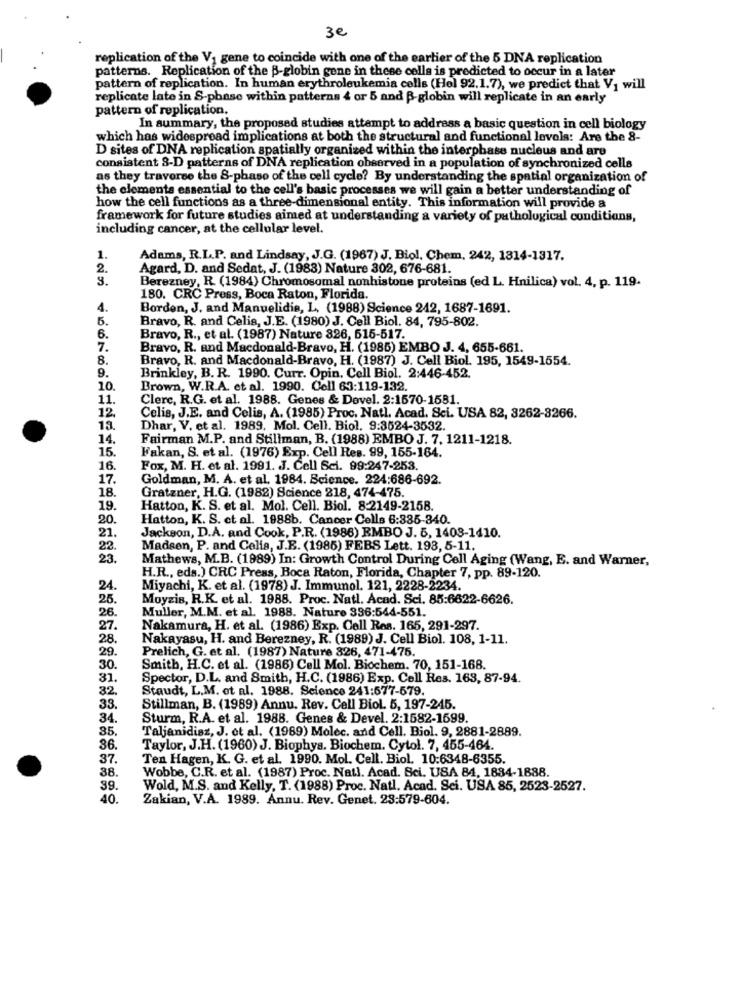
3€
replication of the V1 gene to coincide with one of the earlier of the 5 DNA replication
patterns. Replication of the B-globin gene in these celle is predicted to occur in a later
pattern of replication. In human erythroleukemia cells (Hel 92.1.7), we predict that V1 will
replicate late in S-phase within patterns 4 or 5 and B-globin will replicate in an early
pattern of replication.
In summary, the proposed studies attempt to address a basic question in cell biology
which has widespread implications at both the structural and functional levels: Are the 8-
D sites of DNA replication spatially organized within the interphase nucleus and are
consistent 3-D patterns of DNA replication observed in a population of synchronized cells
as they traverse the 8-phase of the cell cycle? By understanding the spatial organization of
the elements essential to the cell's basic processes we will gain a better understanding of
how the cell functions as a three-dimensional entity. This information will provide a
framework for future studies aimed at understanding a variety of pathological conditions,
including cancer, at the cellular level.
1.
Adams, R.L.P. and Lindsay, J.G. (1967) J. Biol, Chem, 242, 1814-1317.
2.
Agard, D. and Sedat, J. (1983) Nature 302, 676-681.
3.
Berezney, R. (1984) Chromosomal nonhistone proteins (ed L. Hnilica) vol. 4, p. 119.
180. CRC Press, Boca Raton, Florida
4.
Borden, J. and Manuelidis, L, (1988) Science 242, 1687-1691.
5.
Bravo, R. and Celis, J.E. (1980) J. Cell Biol. 84, 795-802.
6.
Bravo, R ., et al. (1987) Nature 826, 615-517.
7.
Bravo, R. and Macdonald-Bravo, H. (1985) EMBO J. 4, 655-661.
8.
Bravo, R. and Macdonald-Bravo, H. (1987) J. Cell Biol. 195, 1549-1554.
9.
Brinkley, B. R. 1990. Curr. Opin. Cell Biol. 2:446-452.
10
Brown, W.R.A. et al. 1990. Cell 63:119-132
11.
Clerc, R.G. et al. 1988. Genes & Devel. 2:1570-1581.
12
Celis, J.E. and Celis, A. (1985) Proc. Natl. Acad. Sci. USA 82, 3262-3266.
11
Dhar, V. et al. 1989. Mol. Cell. Biol, 9:3524-3532.
14.
Fairman M.P. and Stillman, B. (1988) EMBO J. 7. 1211-1218.
15.
Fakan, S. et al. (1976) Exp. Cell Res. 99, 155-164.
16
Fox, M. H. et al. 1991. J. Cell Sci. 99:247-253.
17.
Goldman, M. A. et al. 1984. Science. 224:686-692.
18.
Gratzner, H.G. (1982) Science 218, 474-475.
19.
Hatton, K. S. et al. Mol. Cell. Biol. 8:2149-2158.
20.
Hatton, K. S. et al. 1988b. Cancer Cells 6:385-340.
Jackson, D.A. and Cook, P.R. (1986) EMBO J. 5, 1408-1410.
21.
22.
Madsen, P. and Celis, J.E. (1986) FEBS Lett. 193, 5-11.
23.
Mathews, M.B. (1989) In: Growth Control During Cell Aging (Wang, E. and Warner,
H.R ., eds.) CRC Press, Boca Raton, Florida, Chapter 7, pp. 89-120.
24
Miyachi, K. et al. (1978) J. Immunol. 121, 2228-2234.
25.
Moyzis, R.K. et al. 1988. Proc. Natl. Acad. Sci. 85:6622-6626.
26.
Muller, M.M. et al. 1988. Nature 336:544-551.
27.
Nakamura, H. et al. (1986) Exp. Cell Res. 165, 291-297.
28.
Nakayasu, H. and Berezney, R. (1989) J. Cell Biol. 108, 1-11.
29.
Prelich, G. et al. (1987) Nature 826, 471-476.
30
Smith, H.C. et al. (1986) Cell Mol. Biochem. 70, 151-168.
31.
Spector, D.L. and Smith, H.C. (1986) Exp. Cell Res. 163, 87-94.
82.
Staudt, L.M. et al. 1988. Science 241:577-579.
33.
Stillman, B. (1989) Annu. Rev. Cell Biol. 5, 197-245.
34.
Sturm, R.A. et al. 1988. Genes & Devel. 2:1582-1699.
35.
Taljanidisz, J. et al. (1989) Molec. and Cell. Biol. 9, 2881-2889.
36.
Taylor, J.H. (1960) J. Biophys. Biochem. Cytol. 7, 455-464.
37.
Ten Hagen, K. G. et al. 1990. Mol. Cell. Biol. 10:6348-6355.
38.
Wobbe, C.R. et al. (1987) Proc. Natl. Acad. Sci. USA 84, 1884-1888.
39.
Wold, M.S. and Kelly, T. (1988) Proc. Natl. Acad. Sci. USA 85, 2523-2527.
40.
Zakian, V.A. 1989. Annu. Rev. Genet. 23:579-604.